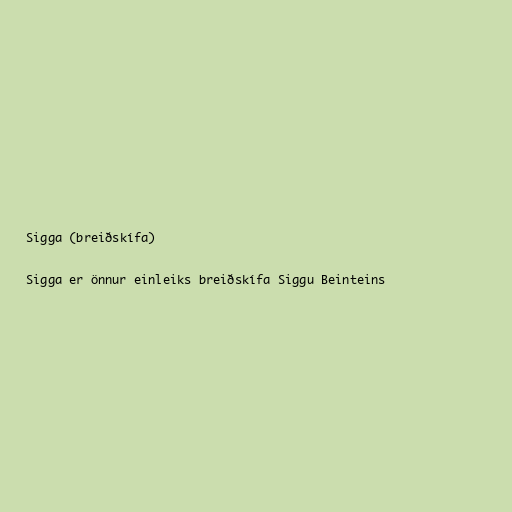
Sigga (breiðskífa)

Sigga er önnur einleiks breiðskífa Siggu Beinteins